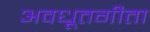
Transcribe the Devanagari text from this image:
अवधूतगीता